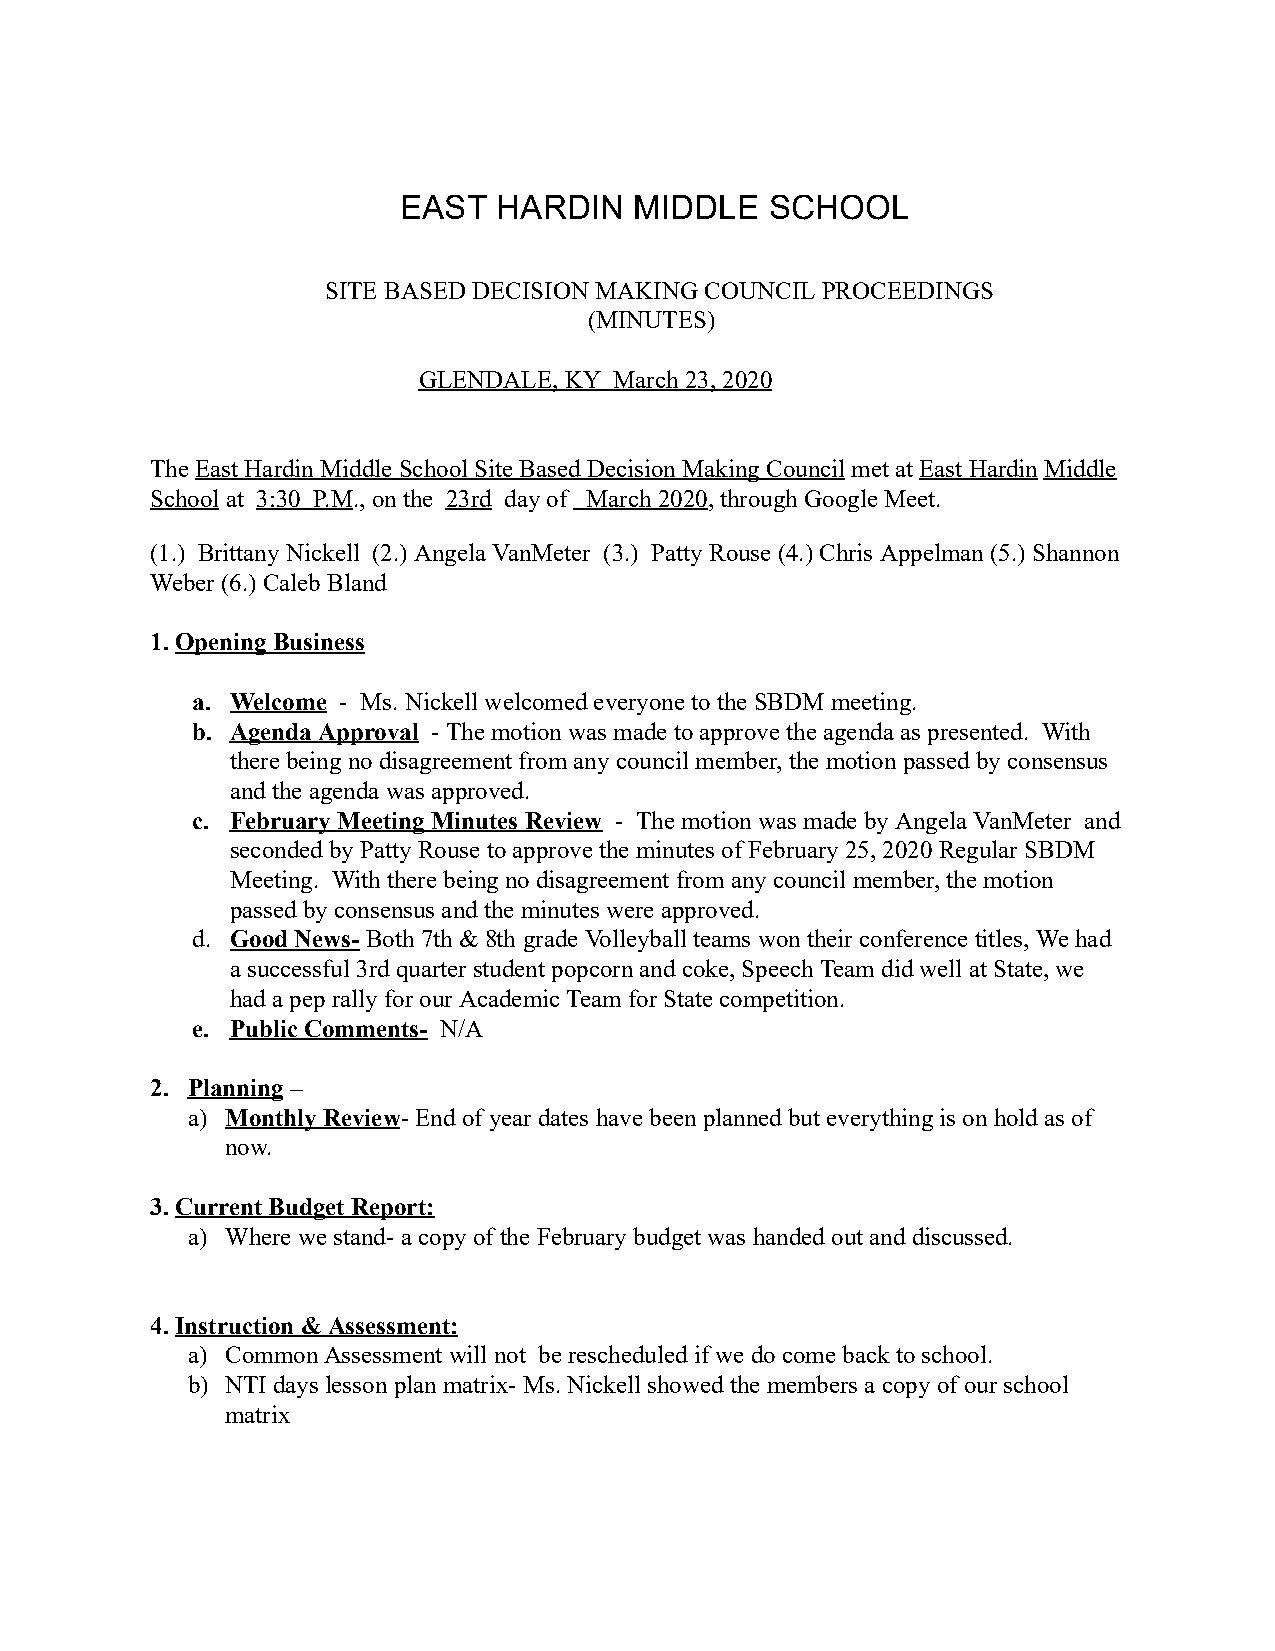
EAST   HARDIN   MIDDLE   SCHOOL
 SITE BASED DECISION MAKING COUNCIL PROCEEDINGS
 (MINUTES)
 G LENDALE, K Y March 2 3, 2020
 The East Hardin Middle School Site Based Decision Making C ouncil m et at E ast Hardin M iddle
 School at 3 :30 P.M. , on the 23rd day o f March 2020, through Google M eet.
 (1.) Brittany Nickell (2.) Angela VanMeter (3.) Patty R ouse (4.) C hris Appelman (5.) Shannon
 Weber (6.) Caleb Bland
 1. Opening Business
 a. Welcome - Ms. Nickell welcomed everyone t o the SBDM meeting.
 b. Agenda Approval - The motion w as made to approve the agenda as presented. With
 there being no disagreement from any council m ember, the motion passed by consensus
 and the agenda was approved.
 c. February Meeting Minutes Review - The motion was made by A ngela VanMeter and
 seconded by Patty Rouse to approve the m inutes of February 25, 2020 Regular SBDM
 Meeting. With there being no disagreement from any c ouncil m ember, the motion
 passed by consensus and the minutes were approved.
 d. Good News- Both 7th & 8th grade Volleyball teams won t heir conference titles, We had
 a successful 3rd quarter student popcorn and coke, Speech Team did well at State, w e
 had a pep rally for our Academic Team for State competition.
 e. Public Comments- N/A
 2. Planning –
 a) Monthly Review- End of year dates have been p lanned but everything is on hold a s of
 now.
 3. Current Budget Report:
 a) Where we stand- a copy of the February budget was h anded out and discussed.
 4. Instruction & Assessment:
 a) Common Assessment will not be rescheduled if we do c ome b ack to s chool.
 b) NTI days lesson plan matrix- Ms. Nickell showed t he members a copy of our school
 matrix